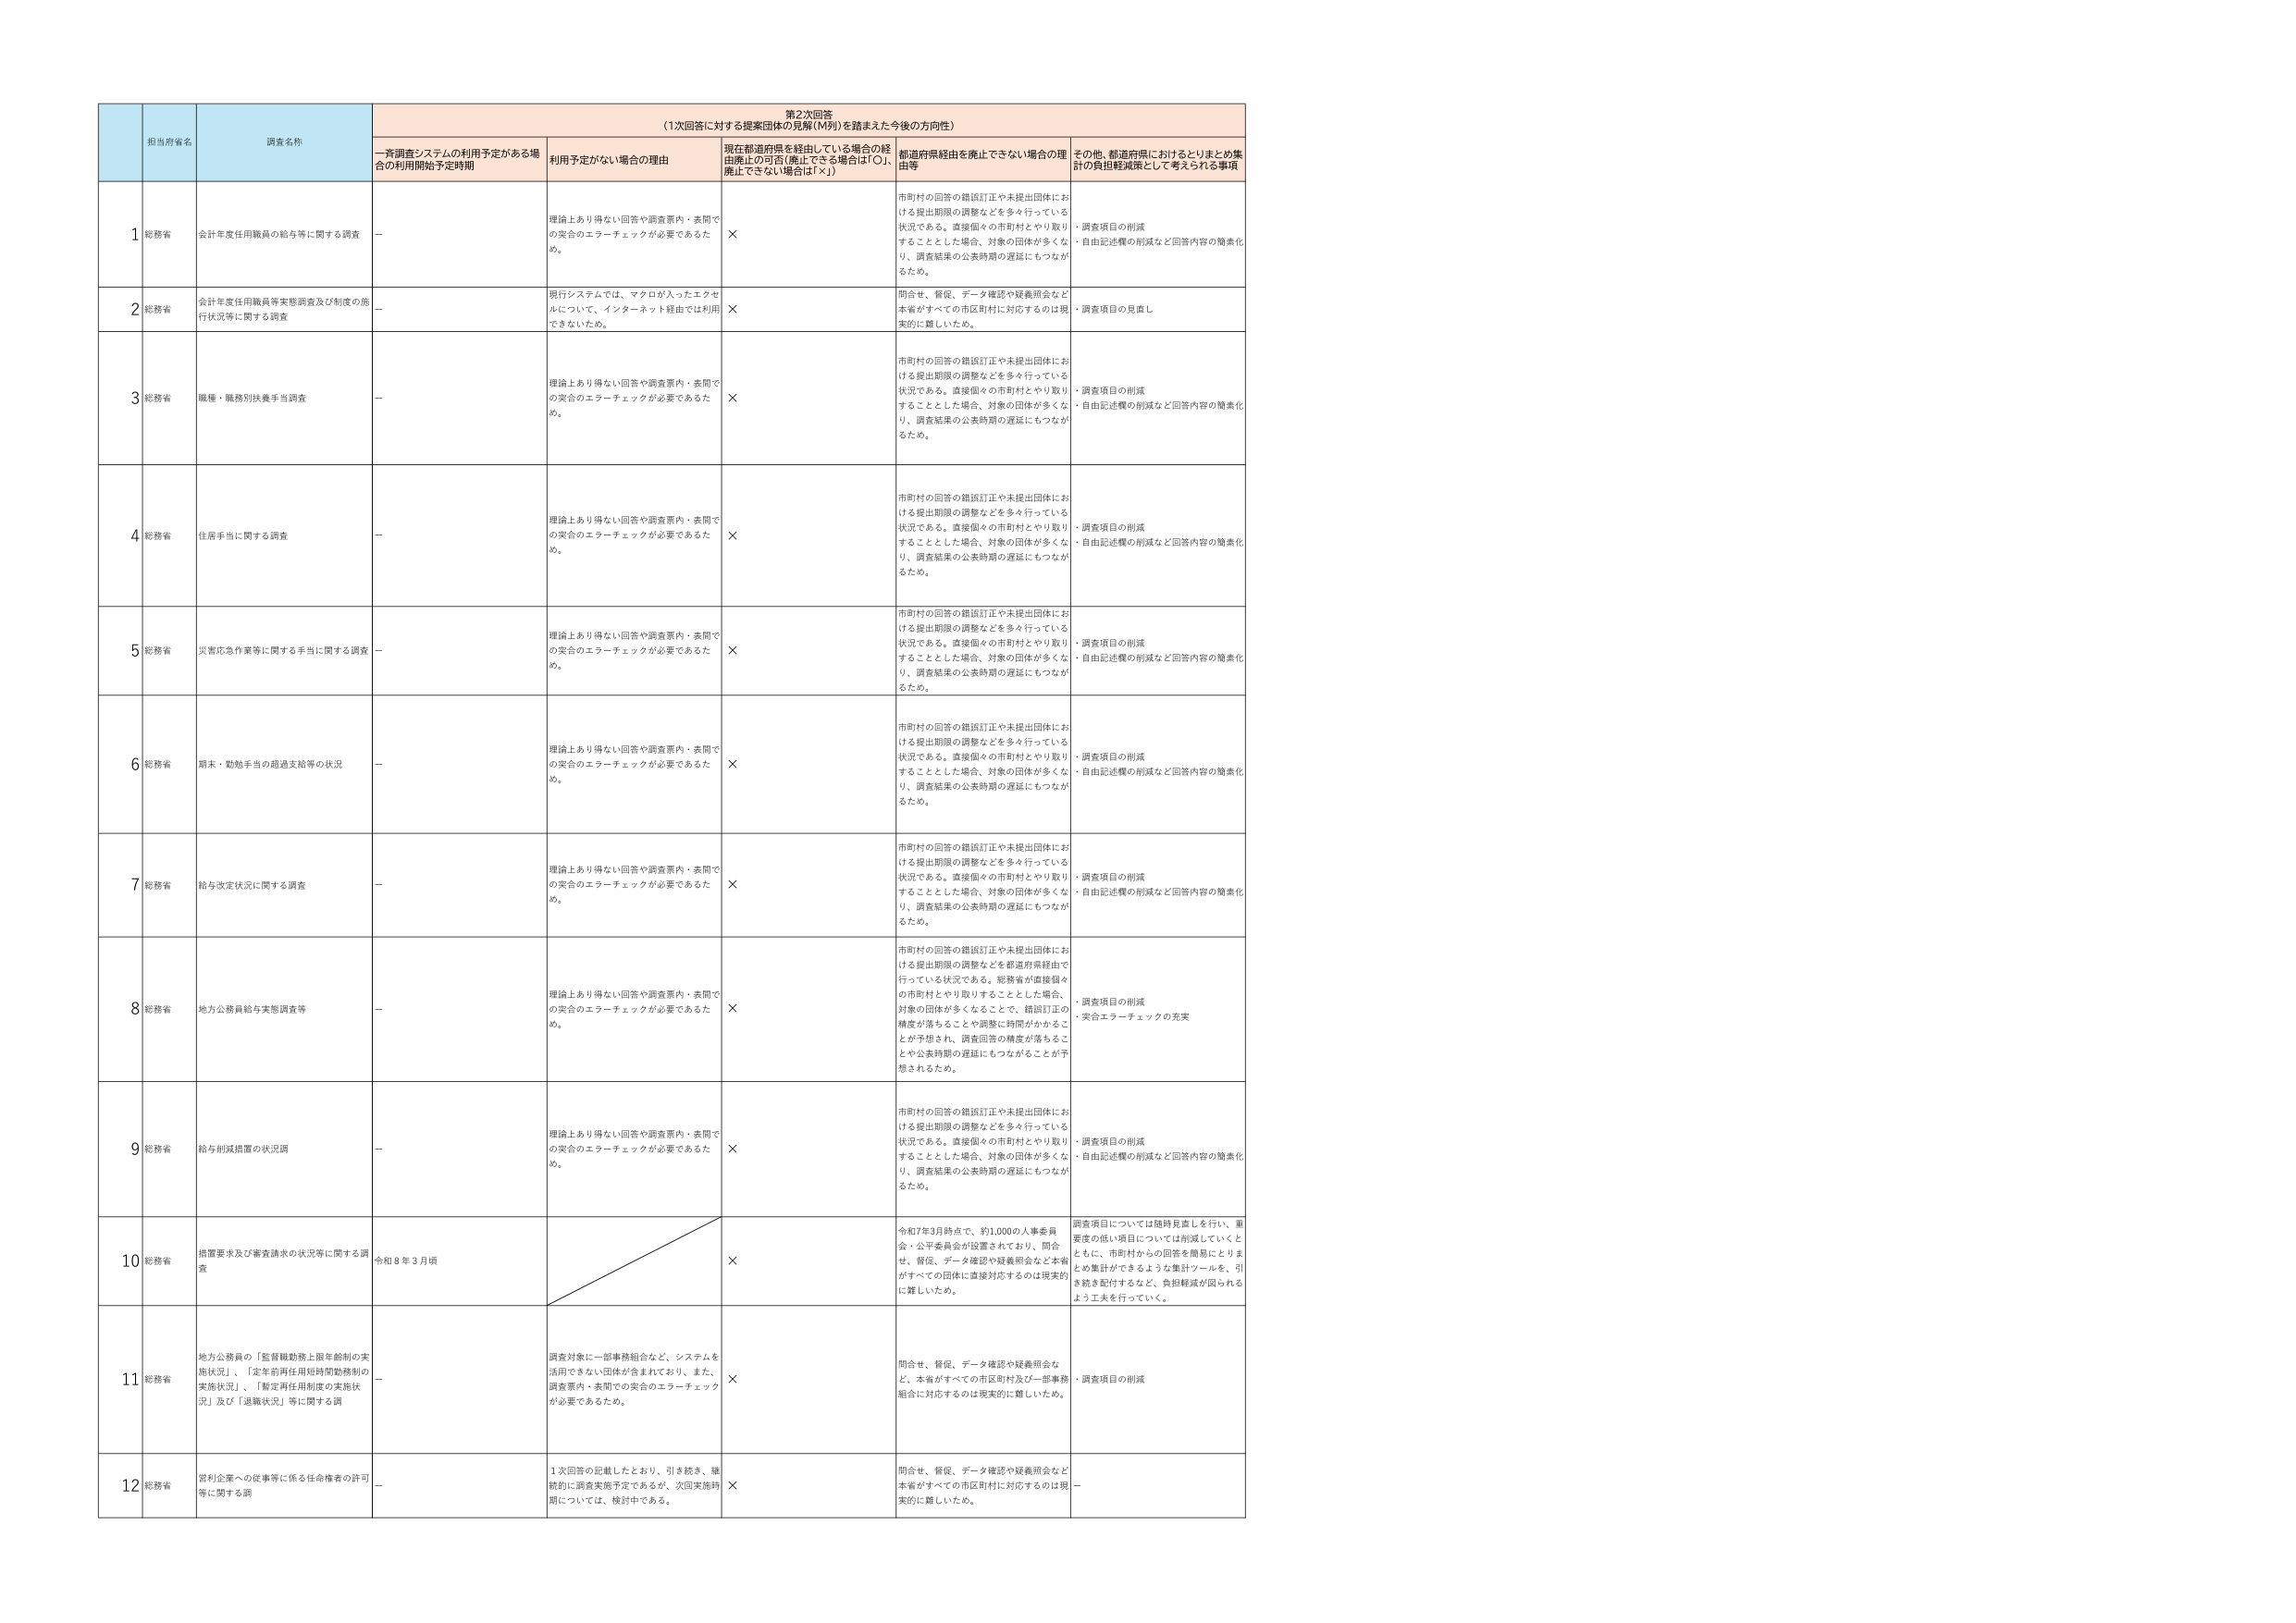
第2次回答
（1次回答に対する提案団体の見解（M列）を踏まえた今後の方向性）

担当府省名
調査名称
一斉調査システムの利用予定がある場合の利用開始予定時期
利用予定がない場合の理由
現在都道府県を経由している場合の経由廃止の可否（廃止できる場合は「○」、廃止できない場合は「×」）
都道府県経由を廃止できない場合の理由等
その他、都道府県におけるとりまとめ集計の負担軽減策として考えられる事項

1
総務省
会計年度任用職員の給与等に関する調査
－
理論上あり得ない回答や調査票内・表間での突合のエラーチェックが必要であるため。
×
市町村の回答の錯誤訂正や未提出団体における提出期限の調整などを多く行っている状況である。直接個々の市町村とやり取りすることとした場合、対象の団体が多くなり、調査結果の公表時期の遅延にもつながるため。
・調査項目の削減
・自由記述欄の削減など回答内容の簡素化

2
総務省
会計年度任用職員等実態調査及び制度の施行状況等に関する調査
－
現行システムでは、マクロが入ったエクセルについて、インターネット経由では利用できないため。
×
問合せ、督促、データ確認や疑義照会など本省がすべての市区町村に対応するのは現実的に難しいため。
・調査項目の見直し

3
総務省
職種・職務別扶養手当調査
－
理論上あり得ない回答や調査票内・表間での突合のエラーチェックが必要であるため。
×
市町村の回答の錯誤訂正や未提出団体における提出期限の調整などを多く行っている状況である。直接個々の市町村とやり取りすることとした場合、対象の団体が多くなり、調査結果の公表時期の遅延にもつながるため。
・調査項目の削減
・自由記述欄の削減など回答内容の簡素化

4
総務省
住居手当に関する調査
－
理論上あり得ない回答や調査票内・表間での突合のエラーチェックが必要であるため。
×
市町村の回答の錯誤訂正や未提出団体における提出期限の調整などを多く行っている状況である。直接個々の市町村とやり取りすることとした場合、対象の団体が多くなり、調査結果の公表時期の遅延にもつながるため。
・調査項目の削減
・自由記述欄の削減など回答内容の簡素化

5
総務省
災害応急作業等に関する手当に関する調査
－
理論上あり得ない回答や調査票内・表間での突合のエラーチェックが必要であるため。
×
市町村の回答の錯誤訂正や未提出団体における提出期限の調整などを多く行っている状況である。直接個々の市町村とやり取りすることとした場合、対象の団体が多くなり、調査結果の公表時期の遅延にもつながるため。
・調査項目の削減
・自由記述欄の削減など回答内容の簡素化

6
総務省
期末・勤勉手当の超過支給等の状況
－
理論上あり得ない回答や調査票内・表間での突合のエラーチェックが必要であるため。
×
市町村の回答の錯誤訂正や未提出団体における提出期限の調整などを多く行っている状況である。直接個々の市町村とやり取りすることとした場合、対象の団体が多くなり、調査結果の公表時期の遅延にもつながるため。
・調査項目の削減
・自由記述欄の削減など回答内容の簡素化

7
総務省
給与改定状況に関する調査
－
理論上あり得ない回答や調査票内・表間での突合のエラーチェックが必要であるため。
×
市町村の回答の錯誤訂正や未提出団体における提出期限の調整などを多く行っている状況である。直接個々の市町村とやり取りすることとした場合、対象の団体が多くなり、調査結果の公表時期の遅延にもつながるため。
・調査項目の削減
・自由記述欄の削減など回答内容の簡素化

8
総務省
地方公務員給与実態調査等
－
理論上あり得ない回答や調査票内・表間での突合のエラーチェックが必要であるため。
×
市町村の回答の錯誤訂正や未提出団体における提出期限の調整などを都道府県経由で行っている状況である。総務省が直接個々の市町村とやり取りすることとした場合、対象の団体が多くなることで、錯誤訂正の精度が落ちることや調整に時間がかかることが予想され、調査回答の精度が落ちることや公表時期の遅延にもつながることが予想されるため。
・調査項目の削減
・突合エラーチェックの充実

9
総務省
給与削減措置の状況調
－
理論上あり得ない回答や調査票内・表間での突合のエラーチェックが必要であるため。
×
市町村の回答の錯誤訂正や未提出団体における提出期限の調整などを多く行っている状況である。直接個々の市町村とやり取りすることとした場合、対象の団体が多くなり、調査結果の公表時期の遅延にもつながるため。
・調査項目の削減
・自由記述欄の削減など回答内容の簡素化

10
総務省
措置要求及び審査請求の状況等に関する調査
令和8年3月頃
×
令和7年3月時点で、約1,000の人事委員会・公平委員会が設置されており、問合せ、督促、データ確認や疑義照会など本省がすべての団体に直接対応するのは現実的に難しいため。
調査項目については随時見直しを行い、重要度の低い項目については削減していくとともに、市町村からの回答を簡易にとりまとめ集計ができるような集計ツールを、引き続き配付するなど、負担軽減が図られるよう工夫を行っていく。

11
総務省
地方公務員の「監督職勤務上限年齢制の実施状況」、「定年前再任用短時間勤務制の実施状況」、「暫定再任用制度の実施状況」及び「退職状況」等に関する調
－
調査対象に一部事務組合など、システムを活用できない団体が含まれており、また、調査票内・表間での突合のエラーチェックが必要であるため。
×
問合せ、督促、データ確認や疑義照会など、本省がすべての市区町村及び一部事務組合に対応するのは現実的に難しいため。
・調査項目の削減

12
総務省
営利企業への従事等に係る任命権者の許可等に関する調
－
1次回答の記載したとおり、引き続き、継続的に調査実施予定であるが、次回実施時期については、検討中である。
×
問合せ、督促、データ確認や疑義照会など本省がすべての市区町村に対応するのは現実的に難しいため。
－